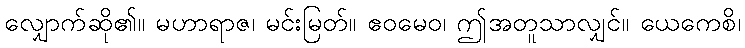
လျှောက်ဆို၏။ မဟာရာဇ၊ မင်းမြတ်။ ဧဝမေဝ၊ ဤအတူသာလျှင်။ ယေကေစိ၊